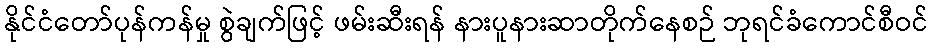
နိုင်ငံတော်ပုန်ကန်မှု စွဲချက်ဖြင့် ဖမ်းဆီးရန် နားပူနားဆာတိုက်နေစဉ် ဘုရင်ခံကောင်စီဝင်